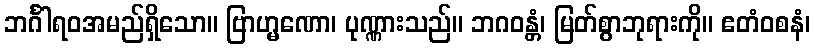
ဘင်္ဂါရဝအမည်ရှိသော။ ဗြာဟ္မဏော၊ ပုဏ္ဏားသည်။ ဘဂဝန္တံ၊ မြတ်စွာဘုရားကို။ ဧတံဝစနံ၊